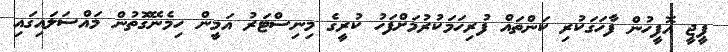
ޕީޖީ އޮފީހުން ފާހަގަކުރި ކަންތައް ފުރިހަމަކުރުމަށްފަހު ކުރީގެ މިނިސްޓަރު އަމީން ހިމެނޭގޮތުން މައްސަލައިގައި